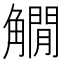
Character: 𧤽